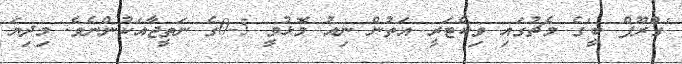
'ގްރޫޕް ބީ'ގެ މެޗުގައި ވިކްޓަރީ އަތުން ނިއު މޮޅުވީ 5-0ގެ ނަތީޖާއަކުންނެވެ. މިދިޔަ